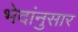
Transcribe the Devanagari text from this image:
भेदांनुसार